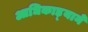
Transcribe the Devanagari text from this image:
आधिकाड़्याने